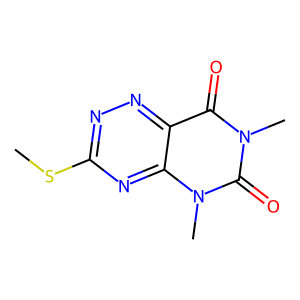
SMILES: CSc1nnc2c(=O)n(C)c(=O)n(C)c2n1
Inhibits HIV replication: No